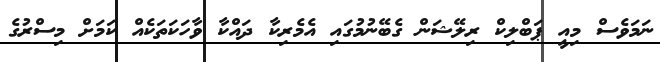
ނަމަވެސް މިއީ ޕަބްލިކް ރިލޭޝަން ގެބޭނުމުގައި އެމެރިކާ ދައްކާ ވާހަކަތަކެއް ކަމަށް މިސްރުގެ